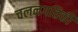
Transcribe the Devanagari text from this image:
चलनगतिकी